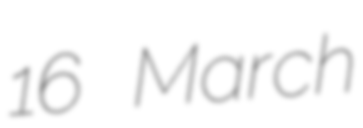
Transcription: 16 March